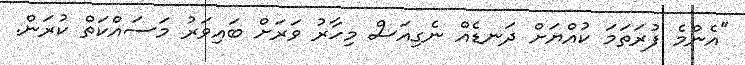
"އެންމެ ފުރަތަމަ ކުއްޔަށް ދަނޑެއް ނެގިއަސް މިހާރު ވަރަށް ބައިވަރު މަސައްކަތް ކުރަން.